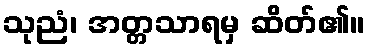
သုညံ၊ အတ္တသာရမှ ဆိတ်၏။